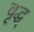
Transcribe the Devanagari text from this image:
वृद्ध्